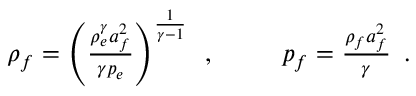
\begin{array} { r l r } { { \rho _ { f } = \left( \frac { \rho _ { e } ^ { \gamma } a _ { f } ^ { 2 } } { \gamma p _ { e } } \right) ^ { \frac { 1 } { \gamma - 1 } } \, \mathrm { ~ , ~ } } } & { { } \ } & { { p _ { f } = \frac { \rho _ { f } a _ { f } ^ { 2 } } { \gamma } \, \mathrm { ~ . ~ } } } \end{array}